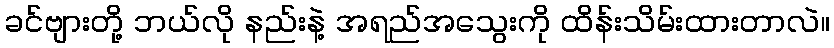
ခင်ဗျားတို့ ဘယ်လို နည်းနဲ့ အရည်အသွေးကို ထိန်းသိမ်းထားတာလဲ။